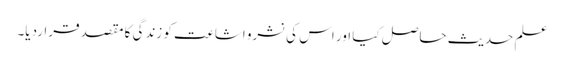
علم حدیث حاصل کیا اور اس کی نشرو اشاعت کو زندگی کا مقصد قراردیا۔